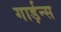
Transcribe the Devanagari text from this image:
गार्ड़न्स